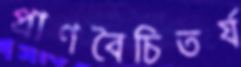
প্রাণবৈচিতর্য